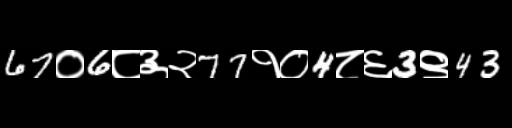
Text: 67०6८३२77१०4८६3९43